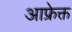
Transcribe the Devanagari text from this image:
आफ्रेक्त